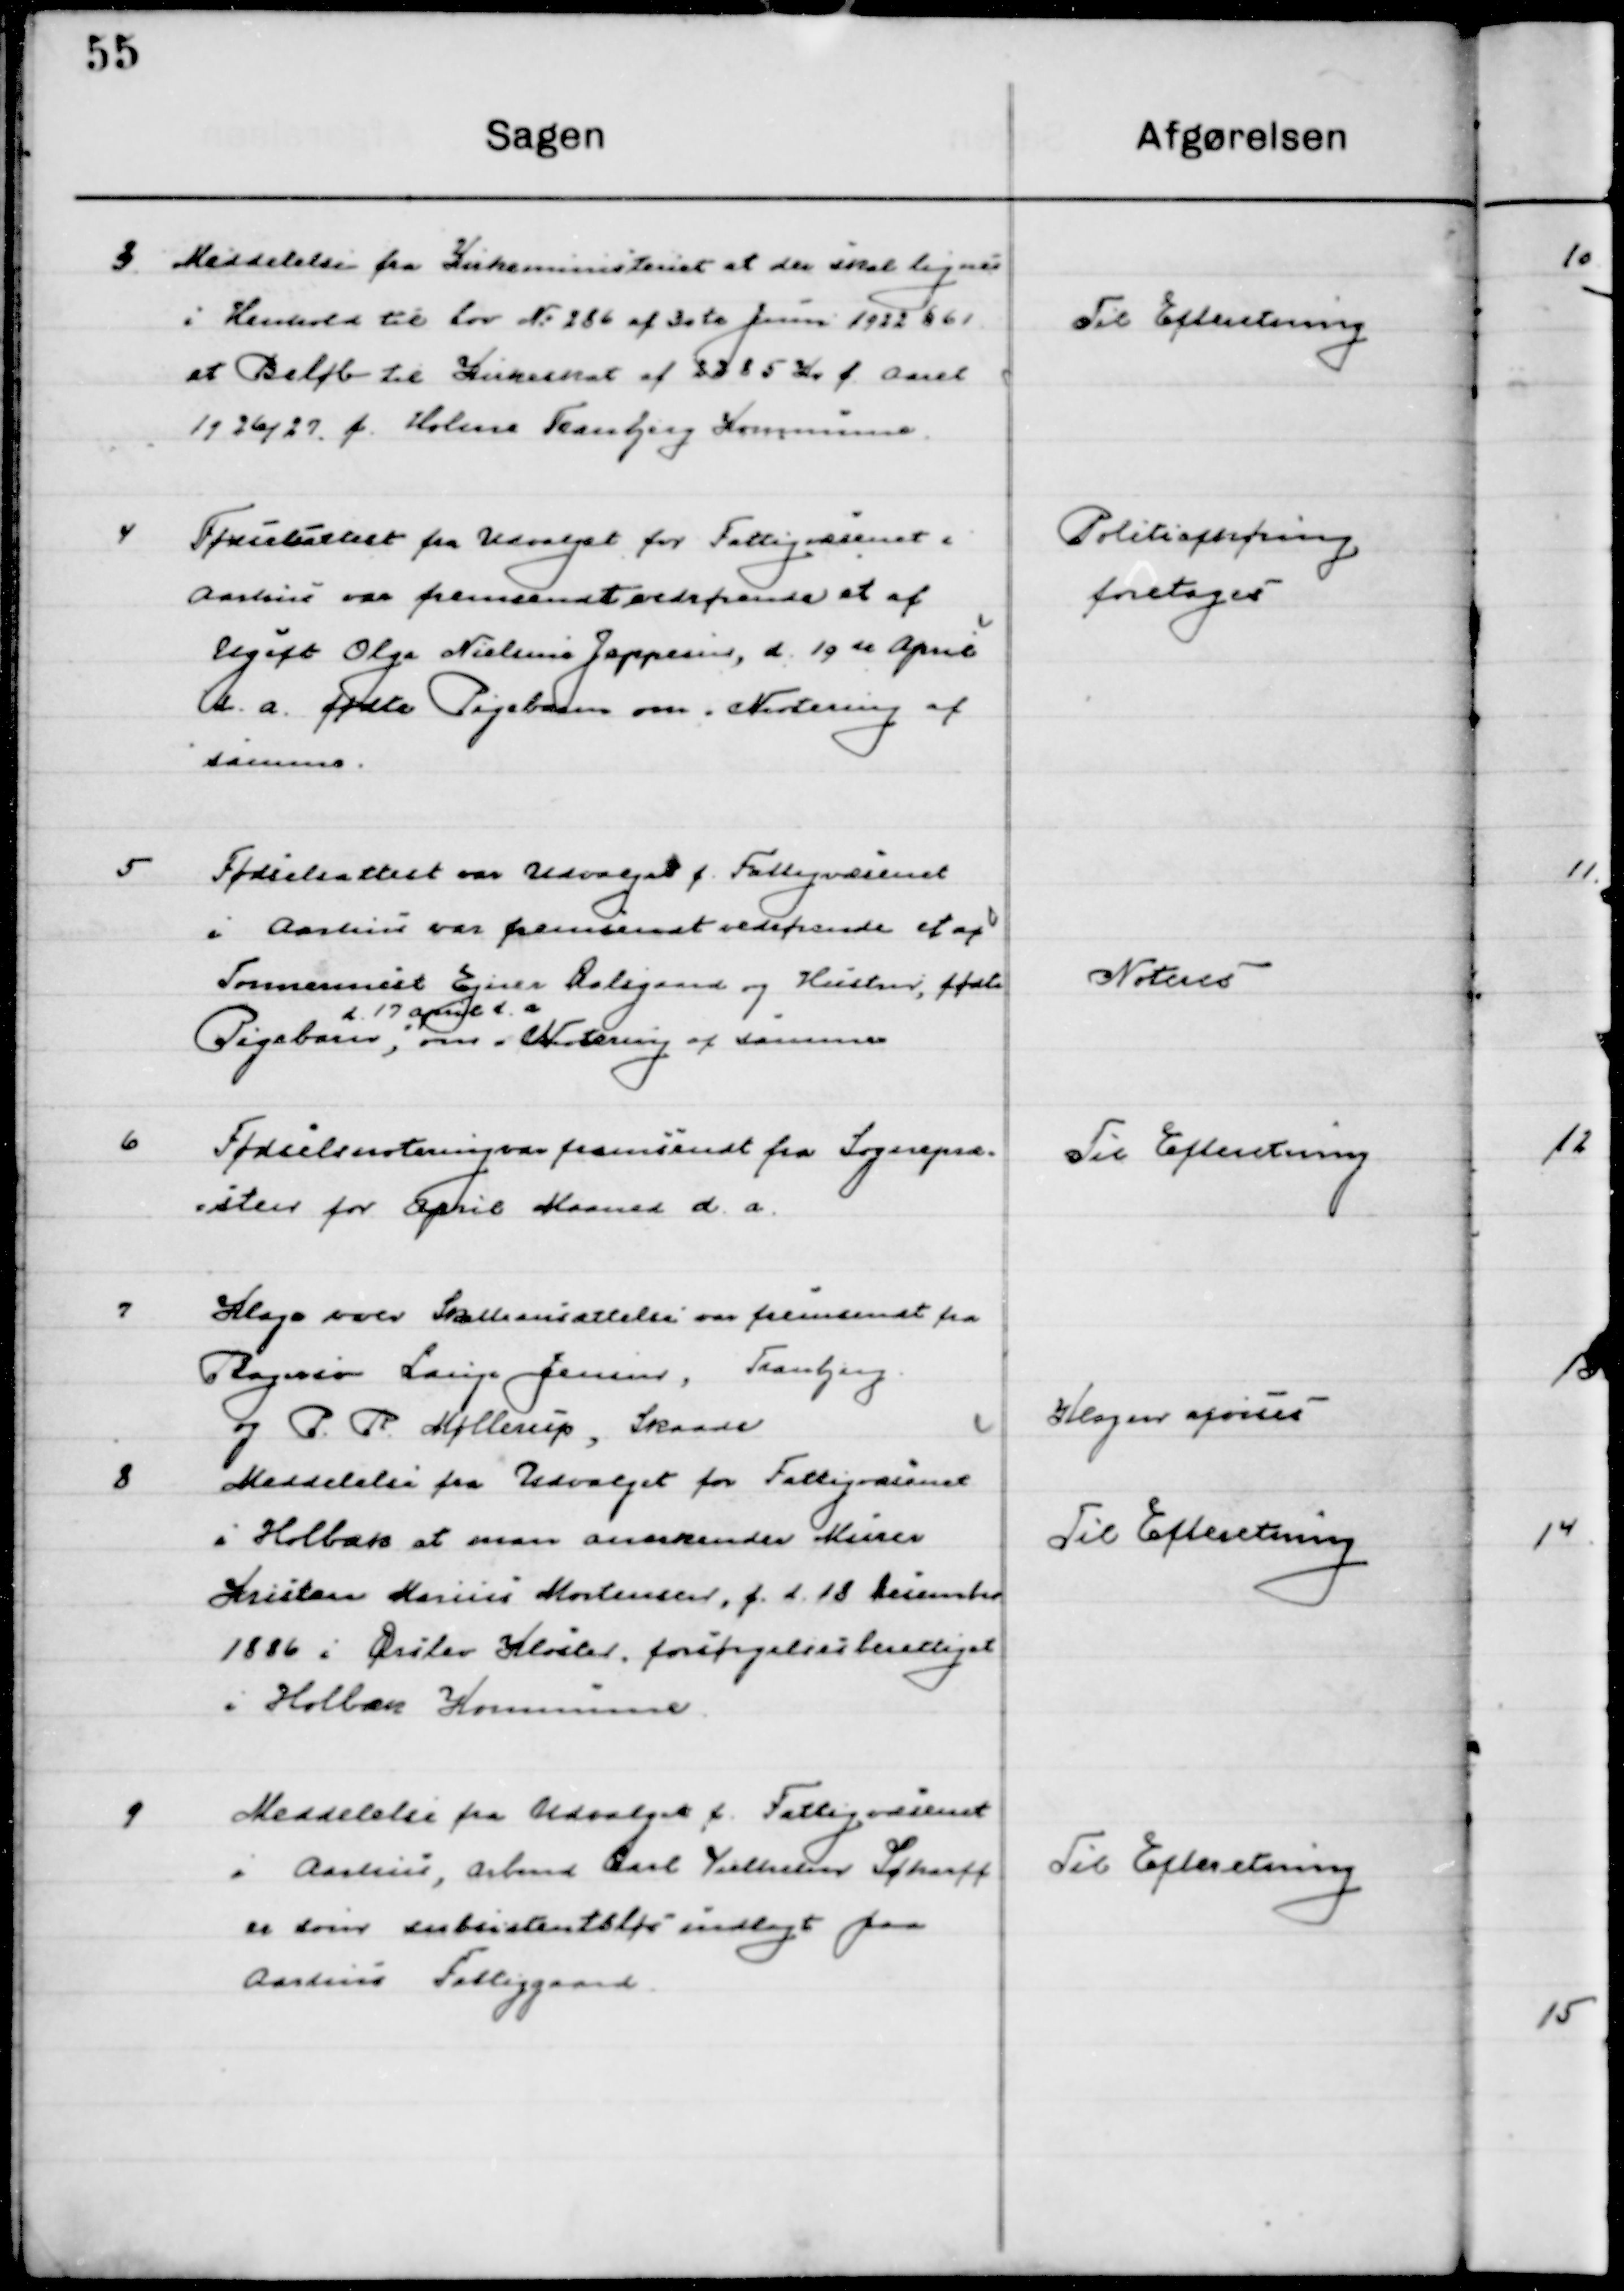
Transskription:
3	
Meddelelse fra Kirkeministeriet at der skal Lignes
i Henhold til lov No. 286 af 30te Juni 1922 § 61
et Beløb til Kirkeskat af 2285 Kr. f. Aaret

1926/27 f. Holme Tranbjerg Kommune.

Til Efterretning

4

Forespørgsel fra Udvalget for Fattigvæsenet i
Aarhus var fremsendt vedrørende et af
Ugift Olga Nielsine Jeppesen, d. 19de April 
d. a. fødte Pigebarn om Notering af
samme.

Politiafhøring
Foretoges

5

Fødselsattest var Udvalget f Fattigvæsenet
i Aarhus var fremsendt vedrørende et af
Formenret Ejner Dalgaard og Hustru, fødte
Pigebarn
d. 17 April d. a.
om Notering af samme.

Noteres

6

Fødselsattest fremsendt fra Sogne-
præsten for April Maaned d. a.

Til Efterretning

7

Klage over Skatteansættelsen var fremsendt fra
Bagerersv Lauge Jensen, Tranbjerg
og P. R. Møllerup. Skaade

Klagen afvises

8

Meddelelse fra Udvalget for Fattigvæsenet
i Holbæk at man anerkender Murer
Kristian Marius Mortensen, f. d. 18 December
1886 i Øster Kloster, forsørgelsesberettiget
i Holbæk Kommune.

Til Efterretning

9

Meddelelse fra Udvalget f. Fattigvæsenet
I Aarhus, Arbmd. Carl Vilhelmsen Scharff
er som substientløs indlagt paa
Aarhus Fatttiggaard.

Til Efterretning